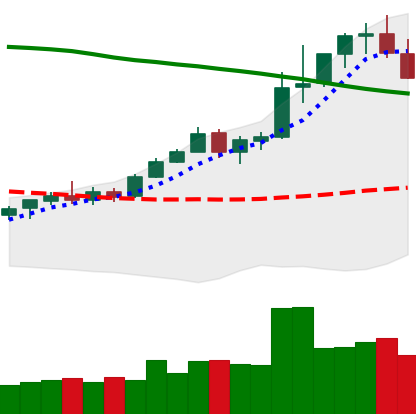
Ticker: TRX-USD
Chart end date: 2021-08-17
Forward return: 3.48%
Label: up_3_5